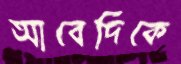
আবেদিকে